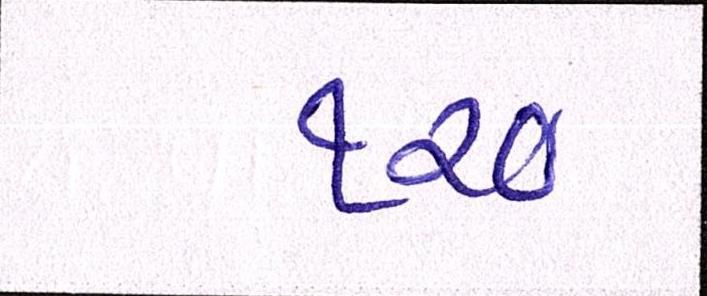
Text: ૧૨૦